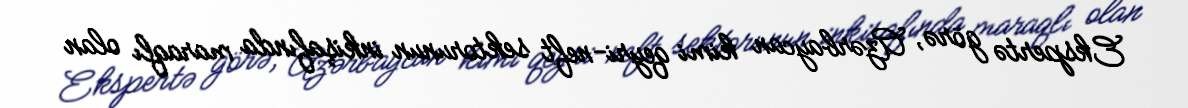
Ekspertə görə, Azərbaycan kimi qeyri-neft sektorunun inkişafında maraqlı olan